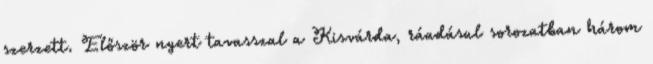
szerzett. Először nyert tavasszal a Kisvárda, ráadásul sorozatban három